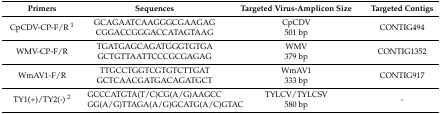
<table><thead><tr><td><b>Primers</b></td><td><b>Sequences</b></td><td><b>Targeted Virus-Amplicon Size</b></td><td><b>Targeted Contigs</b></td></tr></thead><tbody><tr><td>CpCDV-CP-F/R <sup>1</sup></td><td>GCAGAATCAAGGGCGAAGAGCGGACCGGGACCATAGTAAG</td><td>CpCDV501 bp</td><td>CONTIG494</td></tr><tr><td>WMV-CP-F/R</td><td>TGATGAGCAGATGGGTGTGAGCTGTTAATTCCCGCGAGAG</td><td>WMV379 bp</td><td>CONTIG1352</td></tr><tr><td>WmAV1-F/R</td><td>TTGCCTGGTCGTGTCTTGATGCTCAACGATGACAGATGCT</td><td>WmAV1333 bp</td><td>CONTIG917</td></tr><tr><td>TY1(+)/TY2(-) <sup>2</sup></td><td>GCCCATGTA(T/C)CG(A/G)AAGCCGG(A/G)TTAGA(A/G)GCATG(A/C)GTAC</td><td>TYLCV/TYLCSV580 bp</td><td>-</td></tr></tbody></table>